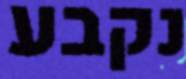
נקבע